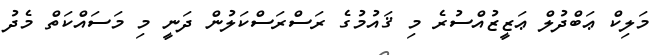
މަލިކް ޢަބްދުލް ޢަޒީޒުއްސުރެ މި ޤައުމުގެ ރަސްރަސްކަލުން ދަނީ މި މަސައްކަތް މެދު